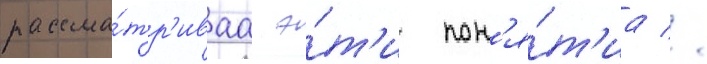
рассма́тр'иваа э́т'и пон'я́т'иа //